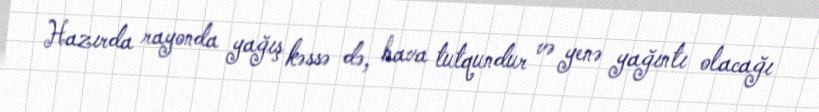
Hazırda rayonda yağış kəssə də, hava tutqundur və yenə yağıntı olacağı